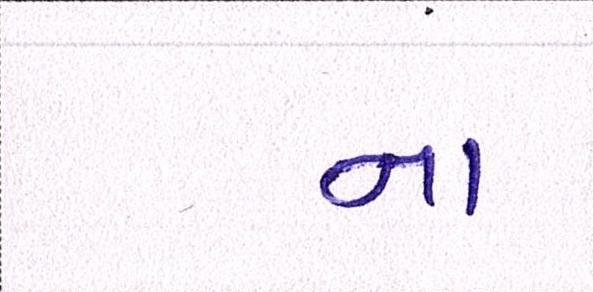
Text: ના